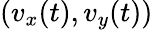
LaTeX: (v_{x}(t),v_{y}(t))